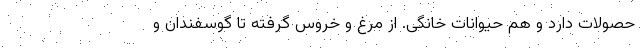
حصولات دارد و هم حیوانات خانگی. از مرغ و خروس گرفته تا گوسفندان و